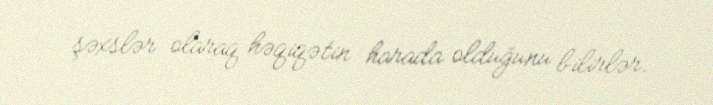
şəxslər olaraq həqiqətin harada olduğunu bilirlər.